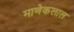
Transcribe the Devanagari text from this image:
माणेकलाल